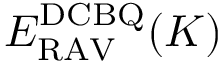
E _ { \mathrm { R A V } } ^ { \mathrm { D C B Q } } ( K )